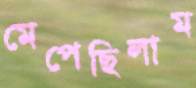
মেপেছিলাম